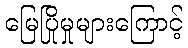
မြေပြိုမှုများကြောင့်